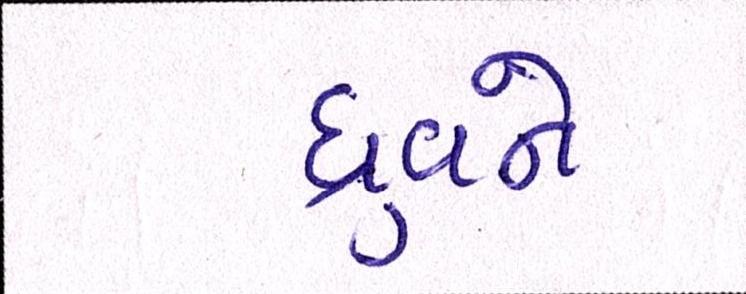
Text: ધ્રુવને